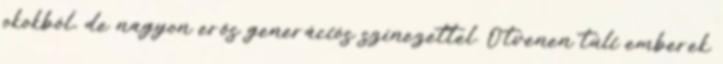
okokból, de nagyon erős generációs színezettel. Ötvenen túli emberek